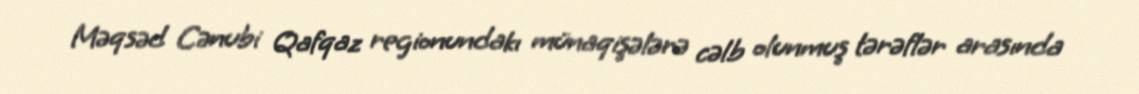
Məqsəd Cənubi Qafqaz regionundakı münaqişələrə cəlb olunmuş tərəflər arasında